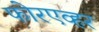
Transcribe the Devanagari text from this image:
फोरएव्हर